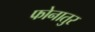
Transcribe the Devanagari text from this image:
फोनातुर